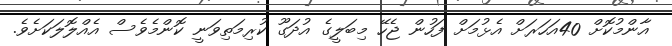
އާންމުކޮށް 40އަހަރަށް އެޅުމަށް ފަހުން ޖެހޭ މިބަލީގެ އުދަގޫ ކުރިމަތިވަނީ ކޮންމެވެސް އެއްލޮލަކަށެވެ.